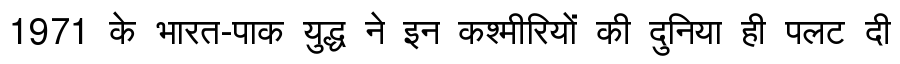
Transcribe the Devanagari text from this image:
1971 के भारत-पाक युद्ध ने इन कश्मीरियों की दुनिया ही पलट दी